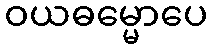
ဝယဓမ္မောပေ